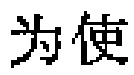
为使